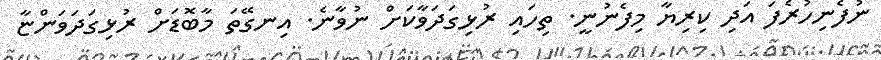
ނުފެނިހުރެފަ އަދި ކިރިޔާ މިފެނުނީ. ތިހައި ރުޅިގަދަވާކަށް ނުވާނެ. އިނގޭތަ މާބޮޑަށް ރުޅިގަދަވަންޏާ